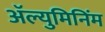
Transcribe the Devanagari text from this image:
ॲल्युमिनिंम